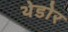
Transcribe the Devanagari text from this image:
थेडोर